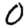
Digit: 0